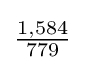
{\tfrac {1,584}{779}}